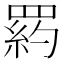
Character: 𦋥